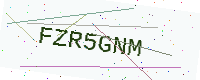
Text: FZR5GNM